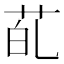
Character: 𮎲